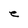
Character: e